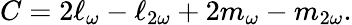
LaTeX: C=2\ell_{\omega}-\ell_{2\omega}+2m_{\omega}-m_{2\omega}.